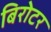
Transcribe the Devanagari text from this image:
बिरोटर